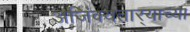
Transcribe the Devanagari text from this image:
अजिंक्यतार्‍याच्या